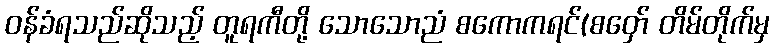
ဝန်ခံရသည်ဆိုသည့် တူရကီတို့ သောသောညံ စကောကရင်(စဝှော် တိမ်တိုက်မှ